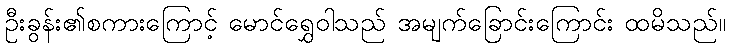
ဦးခွန်း၏စကားကြောင့် မောင်ရွှေဝါသည် အမျက်ခြောင်းကြောင်း ထမိသည်။